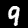
Digit: 9